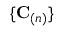
\{ \mathbf { C } _ { ( n ) } \}